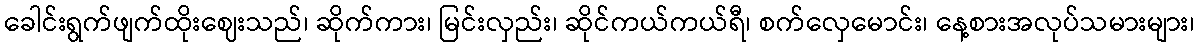
ခေါင်းရွက်ဖျက်ထိုးဈေးသည်၊ ဆိုက်ကား၊ မြင်းလှည်း၊ ဆိုင်ကယ်ကယ်ရီ၊ စက်လှေမောင်း၊ နေ့စားအလုပ်သမားများ၊